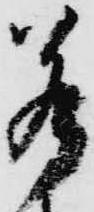
若